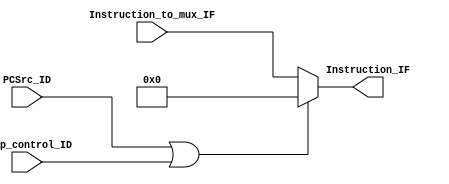
// IF_Flush_mux

module IF_Flush_mux(
				input PCSrc_ID,
				input Jump_control_ID,
				input [31:0] Instruction_to_mux_IF,
				output [31:0] Instruction_IF
);

assign Instruction_IF = (PCSrc_ID || Jump_control_ID) ? 32'b0: Instruction_to_mux_IF;

endmodule